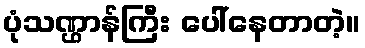
ပုံသဏ္ဌာန်ကြီး ပေါ်နေတာတဲ့။